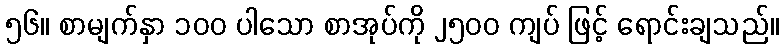
၅၆။ စာမျက်နှာ ၁၀၀ ပါသော စာအုပ်ကို ၂၅၀၀ ကျပ် ဖြင့် ရောင်းချသည်။